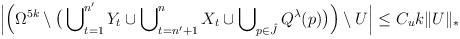
LaTeX: \begin{align*} \Big|\Big(\Omega^{5k} \setminus \big( \bigcup\nolimits^{n'}_{t=1} Y_t \cup \bigcup\nolimits^{n}_{t=n'+1} X_t \cup \bigcup\nolimits_{p \in \hat{J}} Q^\lambda(p) \big) \Big) \setminus U\Big| \le C_u k \Vert U\Vert_*\end{align*}